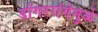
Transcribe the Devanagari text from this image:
डोंगररांगेमुळे